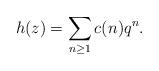
LaTeX: \begin{align*}h(z) = \sum_{n\geq 1} c(n)q^n. \end{align*}